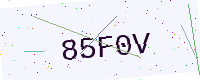
Text: 85F0V